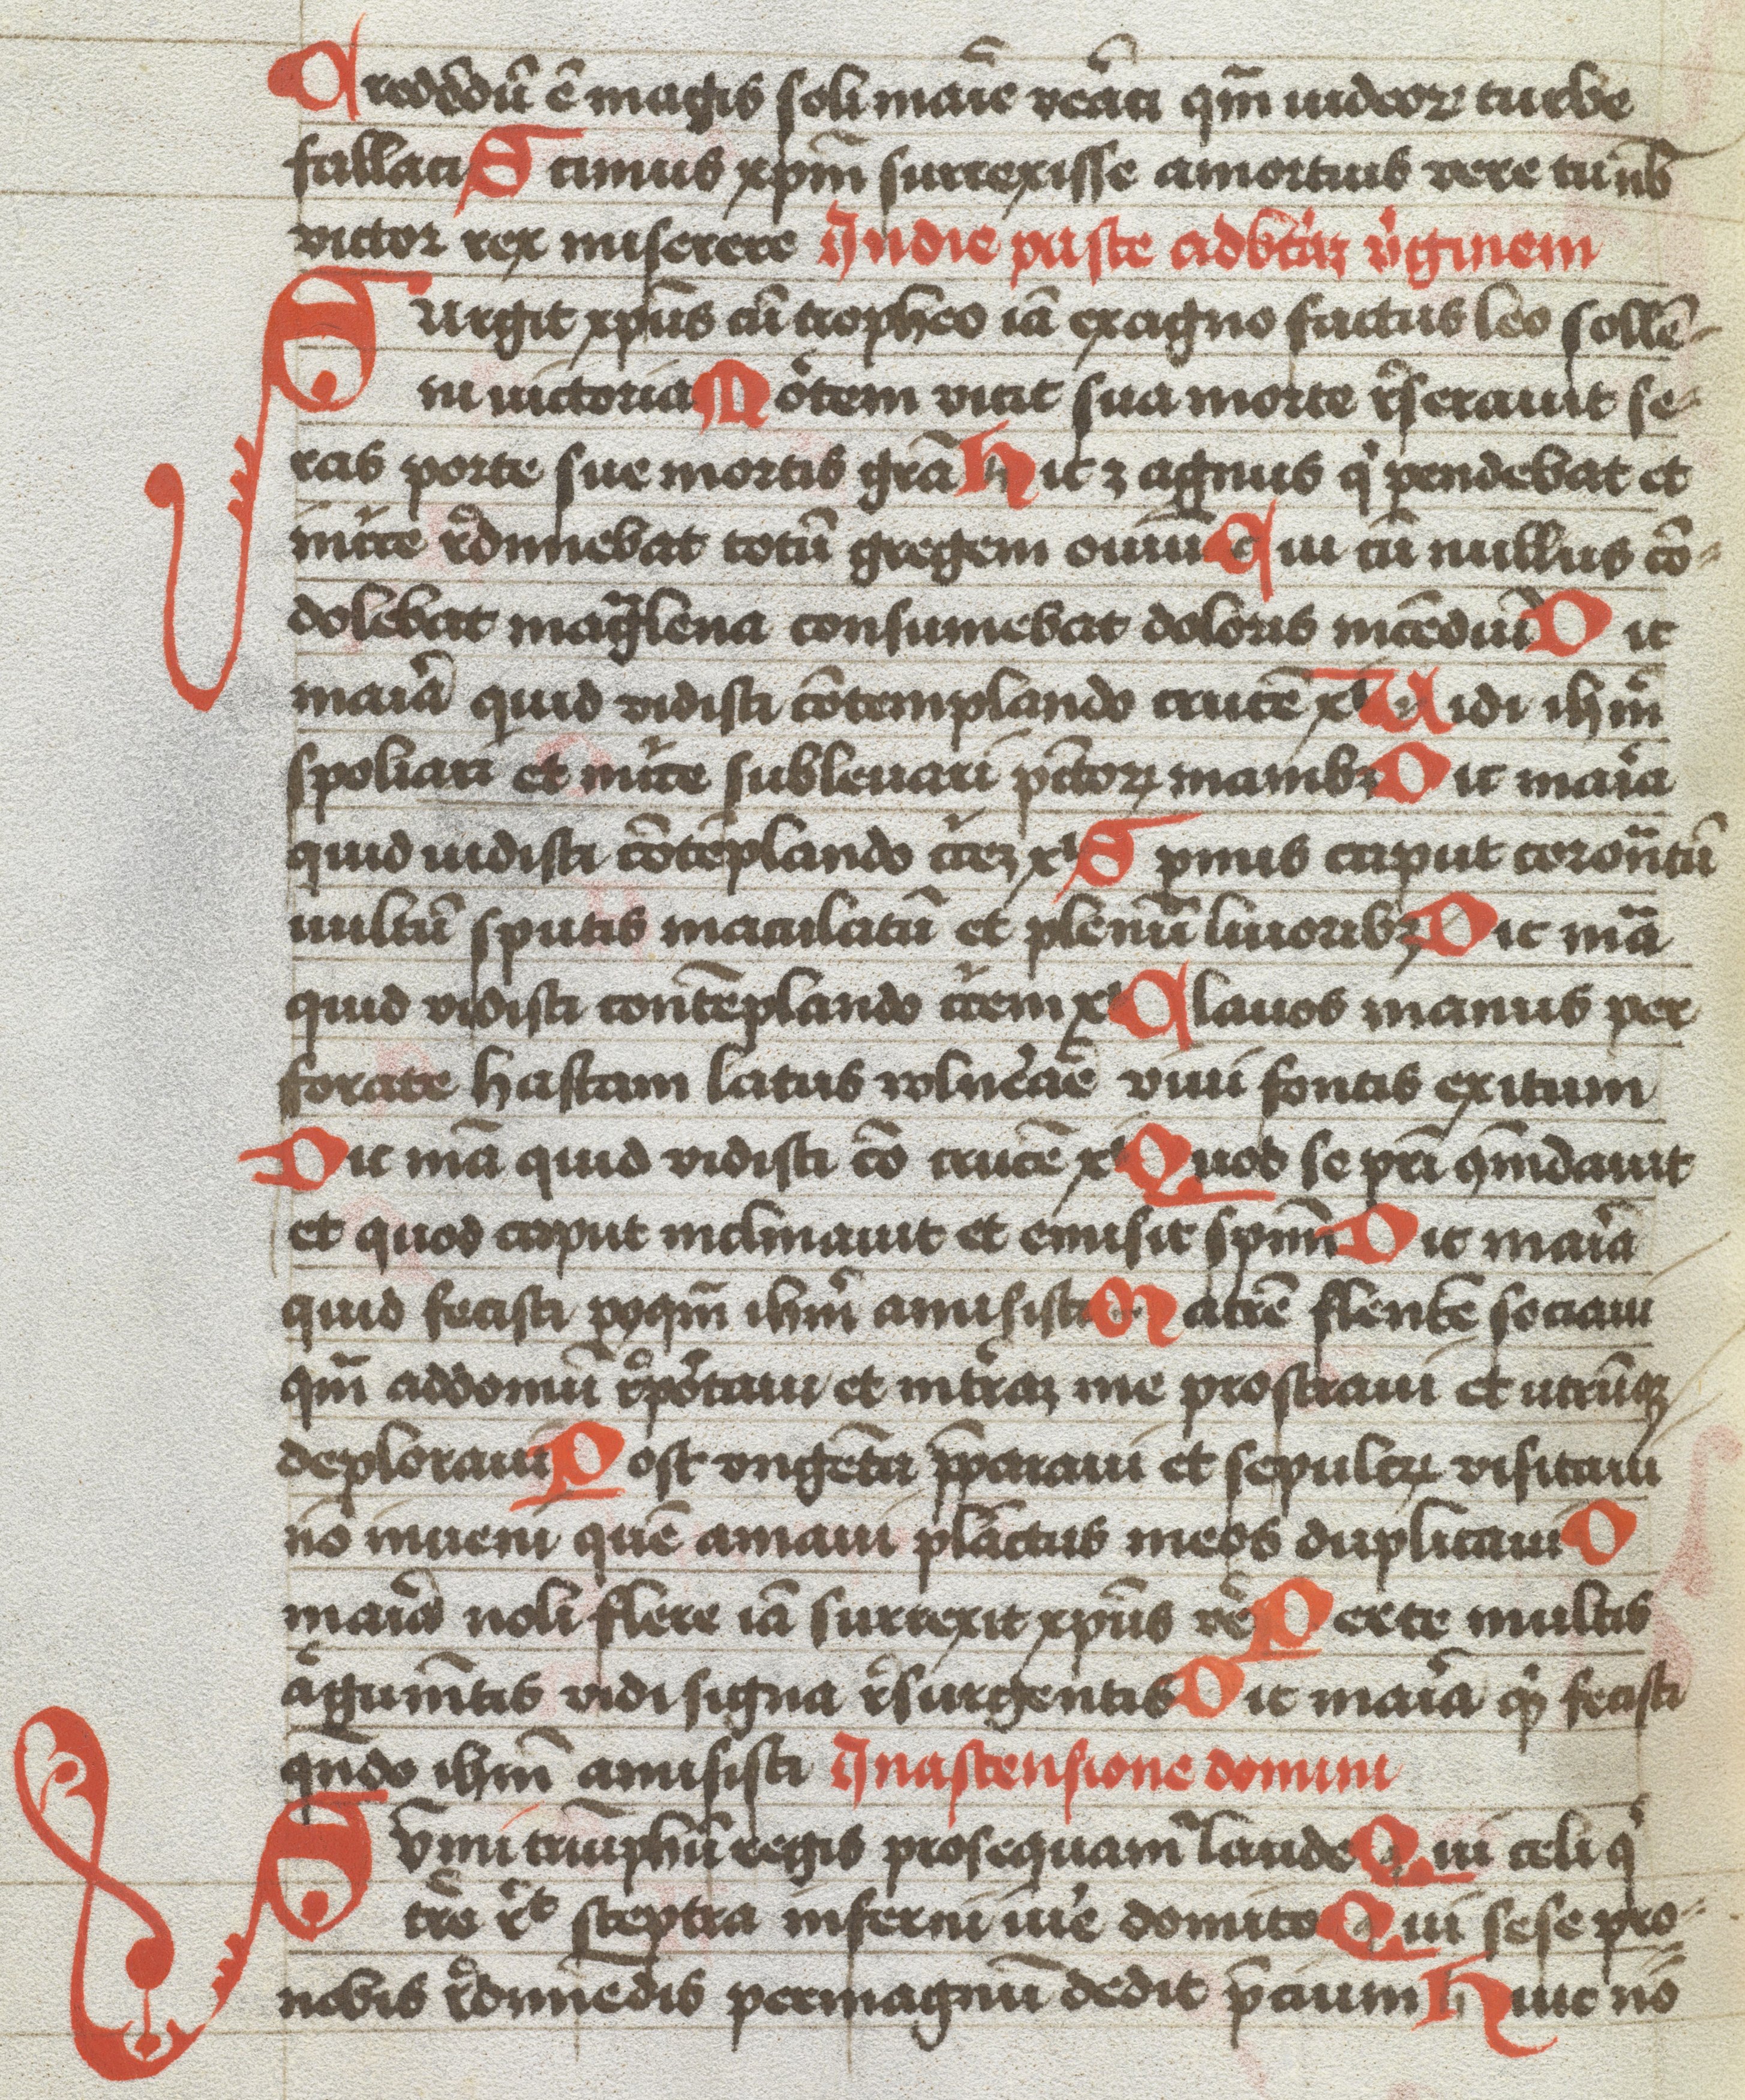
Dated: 1483–1483